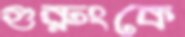
গুরুংকে